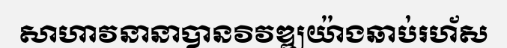
សាហាវនានាបានវិវឌ្ឍយ៉ាងឆាប់រហ័ស